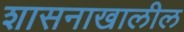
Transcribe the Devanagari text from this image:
शासनाखालील